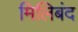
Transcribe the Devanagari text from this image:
मिलिबंद